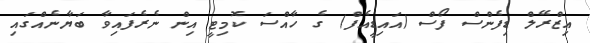
އިޒްރޭލް ޑިފެންސް ފޯސް (އައިޑީއެފް) ގެ ހާއްސަ ކޮމިޓީ އިން ނެރެފައިވާ ބަޔާނެއްގައި